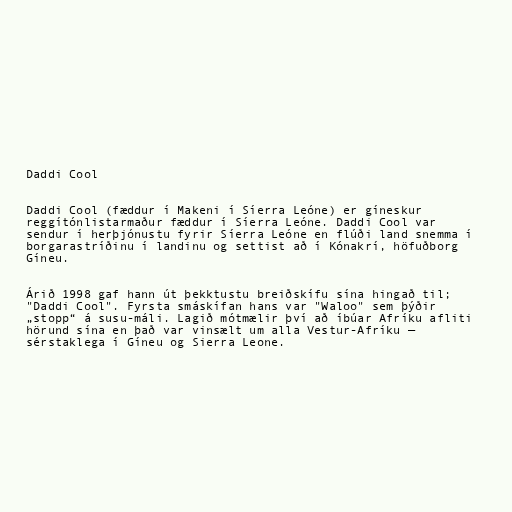
Daddi Cool

Daddi Cool (fæddur í Makeni í Síerra Leóne) er gíneskur
reggítónlistarmaður fæddur í Síerra Leóne. Daddi Cool var
sendur í herþjónustu fyrir Síerra Leóne en flúði land snemma í
borgarastríðinu í landinu og settist að í Kónakrí, höfuðborg
Gíneu.

Árið 1998 gaf hann út þekktustu breiðskífu sína hingað til;
"Daddi Cool". Fyrsta smáskífan hans var "Waloo" sem þýðir
„stopp“ á susu-máli. Lagið mótmælir því að íbúar Afríku afliti
hörund sína en það var vinsælt um alla Vestur-Afríku —
sérstaklega í Gíneu og Sierra Leone.